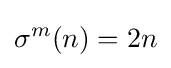
\sigma ^{m}(n)=2n